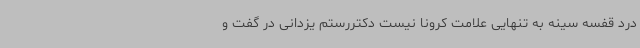
درد قفسه سینه به تنهایی علامت کرونا نیست دکتررستم یزدانی در گفت و